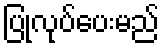
ပြုလုပ်ပေးမည်